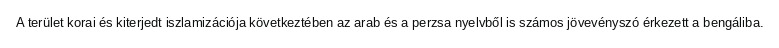
A terület korai és kiterjedt iszlamizációja következtében az arab és a perzsa nyelvből is számos jövevényszó érkezett a bengáliba.